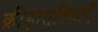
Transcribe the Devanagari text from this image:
क्रीड़ासुविधाएँ